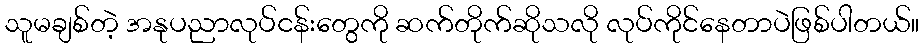
သူမချစ်တဲ့ အနုပညာလုပ်ငန်းတွေကို ဆက်တိုက်ဆိုသလို လုပ်ကိုင်နေတာပဲဖြစ်ပါတယ်။